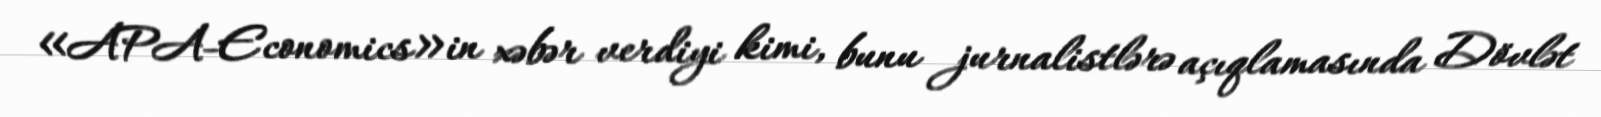
«APA-Economics»in xəbər verdiyi kimi, bunu jurnalistlərə açıqlamasında Dövlət